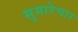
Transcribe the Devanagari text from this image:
सुमारेचार